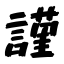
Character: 謹